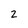
Character: 2